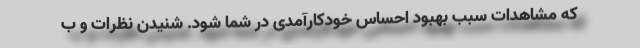
که مشاهدات سبب بهبود احساس خودکارآمدی در شما شود. شنیدن نظرات و ب